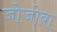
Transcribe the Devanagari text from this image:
जोजोबा